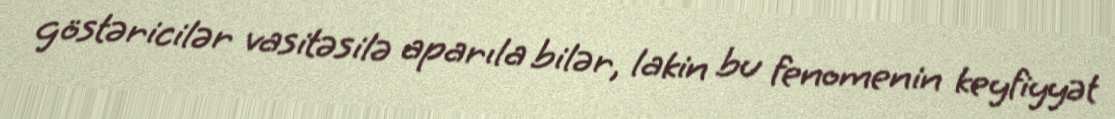
göstəricilər vasitəsilə aparıla bilər, lakin bu fenomenin keyfiyyət